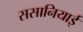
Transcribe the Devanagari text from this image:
ससानियाई